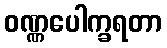
ဝဏ္ဏပေါက္ခရတာ